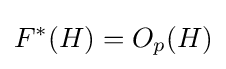
F^{*}(H)=O_{p}(H)